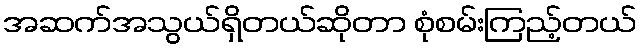
အဆက်အသွယ်ရှိတယ်ဆိုတာ စုံစမ်းကြည့်တယ်